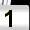
Digit: 1